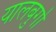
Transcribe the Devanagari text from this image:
यालबुर्गा